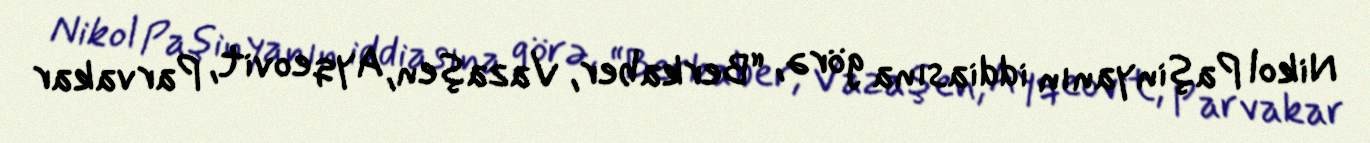
Nikol Paşinyanın iddiasına görə, “Berkaber, Vazaşen, Ayqeovit, Parvakar